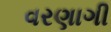
વરણાગી